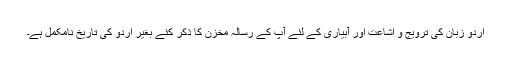
اردو زبان کی ترویج و اشاعت اور آبیاری کے لئے آپ کے رسالہ مخزن کا ذکر کئے بغیر اردو کی تاریخ نامکمل ہے۔